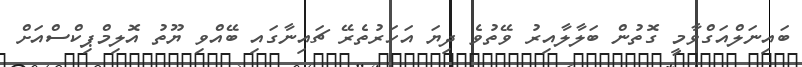
ބައިނަލްއަގްވާމީ ގޮތުން ބަލާލާއިރު ވޭތުވެ ދިޔަ އަހަރުތެރޭ ޗައިނާގައި ބޭއްވި ޔޫތު އޮލިމްޕިކްސްއަށް